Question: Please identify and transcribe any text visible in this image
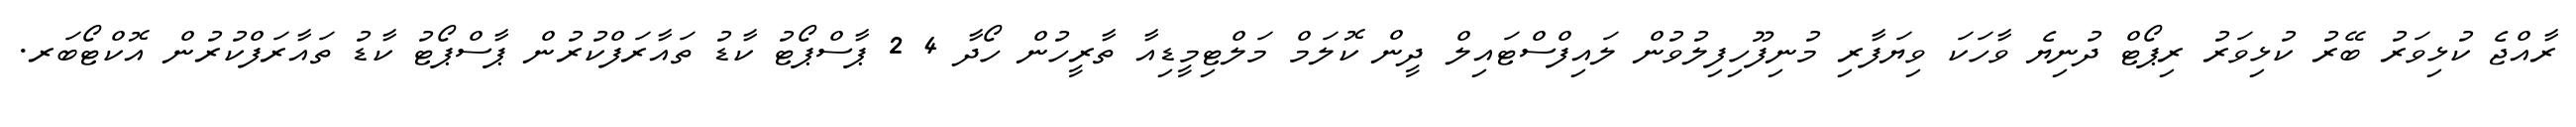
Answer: ރާއްޖެ ކުޅިވަރު ބޭރު ކުޅިވަރު ރިޕޯޓް ދުނިޔެ ވާހަކަ ވިޔަފާރި މުނިފޫހިފިލުވުން ލައިފްސްޓައިލް ދީން ކޮލަމް މަލްޓިމީޑިއާ ތާރީހުން ހޯދާ 4 2 ޕާސްޕޯޓު ކާޑު ތައާރަފްކުރުން ޕާސްޕޯޓު ކާޑު ތައާރަފްކުރުން އޮކްޓޯބަރ.